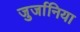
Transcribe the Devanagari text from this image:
जुर्जानिया